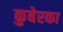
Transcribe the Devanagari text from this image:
कुबेरका